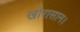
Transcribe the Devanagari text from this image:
खोरासान।